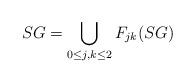
LaTeX: \begin{align*}SG = \bigcup_{0\leq j, k\leq 2}F_{jk}(SG)\end{align*}